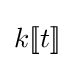
k[\![t]\!]